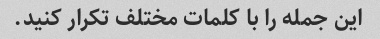
این جمله را با کلمات مختلف تکرار کنید.